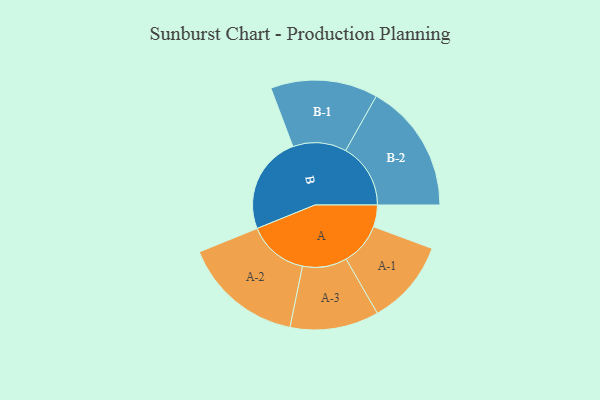
{"axis": {"x": "Segment", "y": "Value"}, "legend": ["", "A", "B"], "data": [{"x": "A", "y": 100, "type": ""}, {"x": "B", "y": 449, "type": ""}, {"x": "A-1", "y": 195, "type": "A"}, {"x": "A-2", "y": 277, "type": "A"}, {"x": "A-3", "y": 204, "type": "A"}, {"x": "B-1", "y": 246, "type": "B"}, {"x": "B-2", "y": 298, "type": "B"}]}